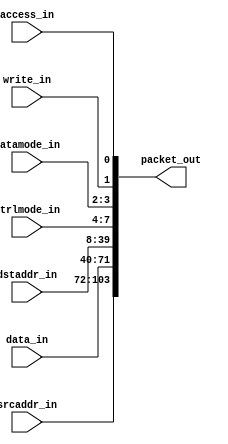
module emesh2packet(/*AUTOARG*/
   // Outputs
   packet_out,
   // Inputs
   access_in, write_in, datamode_in, ctrlmode_in, dstaddr_in, data_in,
   srcaddr_in
   );

   parameter AW=32;
   parameter DW=32;
   parameter PW=104;
   
   //Emesh signal bundle
   input 	    access_in;
   input 	    write_in;   
   input [1:0] 	    datamode_in;
   input [3:0] 	    ctrlmode_in;
   input [AW-1:0]   dstaddr_in;
   input [DW-1:0]   data_in;   
   input [AW-1:0]   srcaddr_in;   
   
   //Output packet
   output [PW-1:0]  packet_out;

   assign packet_out[0]       = access_in;
   assign packet_out[1]       = write_in;
   assign packet_out[3:2]     = datamode_in[1:0];
   assign packet_out[7:4]     = ctrlmode_in[3:0];
   assign packet_out[39:8]    = dstaddr_in[AW-1:0];
   assign packet_out[71:40]   = data_in[AW-1:0];
   assign packet_out[103:72]  = srcaddr_in[AW-1:0];
     
endmodule